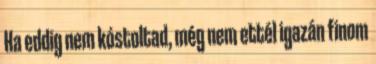
Ha eddig nem kóstoltad, még nem ettél igazán finom